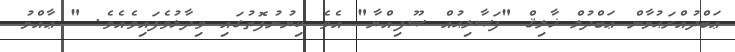
ޢަބްދުއްރަޙުމާން ޢަބްދުލް ޚާލިޤް "ފަޞާލިޙުއް ޞޫފިއްޔާ" އެވެ ކިޔުނުފޮތުގަައި ވިދާޅުވެފައިވެއެވެ. " ޢާއްމު